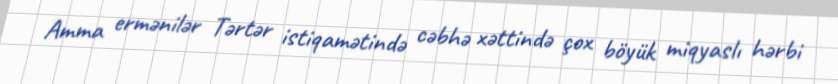
Amma ermənilər Tərtər istiqamətində cəbhə xəttində çox böyük miqyaslı hərbi